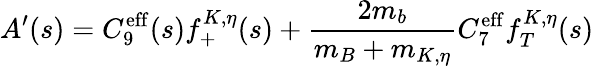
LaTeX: A^{\prime}(s)=C_{9}^{\mathrm{eff}}(s)f_{+}^{K,\eta}(s)+\frac{2m_{b}}{m_{B}+m_{K,\eta}}C_{7}^{\mathrm{eff}}f_{T}^{K,\eta}(s)